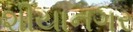
શીયાનગર